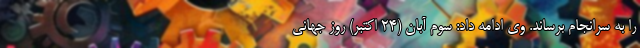
را به سرانجام برساند. وی ادامه داد: سوم آبان (۲۴ اکتبر) روز جهانی